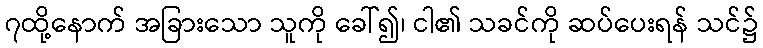
၇ထို့နောက် အခြားသော သူကို ခေါ်၍၊ ငါ၏ သခင်ကို ဆပ်ပေးရန် သင်၌